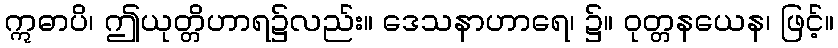
ဣဓာပိ၊ ဤယုတ္တိဟာရ၌လည်း။ ဒေသနာဟာရေ၊ ၌။ ဝုတ္တနယေန၊ ဖြင့်။